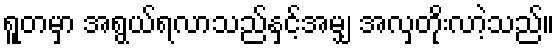
ရူတမှာ အရွယ်ရလာသည်နှင့်အမျှ အလှတိုးလာဲ့သည်။